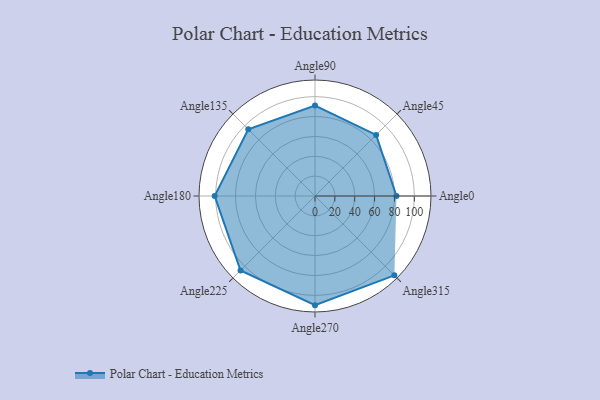
{"axis": {"x": "Angle", "y": "Radius"}, "legend": [""], "data": [{"x": "Angle0", "y": 82.0, "type": ""}, {"x": "Angle45", "y": 87.0, "type": ""}, {"x": "Angle90", "y": 91.0, "type": ""}, {"x": "Angle135", "y": 95.0, "type": ""}, {"x": "Angle180", "y": 101.0, "type": ""}, {"x": "Angle225", "y": 106.0, "type": ""}, {"x": "Angle270", "y": 110.0, "type": ""}, {"x": "Angle315", "y": 113.0, "type": ""}]}